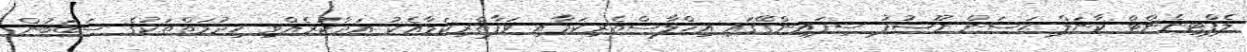
ލެފްޓިނެންޓް ކާނަލް ޙަސަން ޔޫސުފުު ސިފައިންގޭގައި އިޚްލާސްތެރިކަމާއި ވަފާތެރިކަމާއެކު އަދާކުރެއްވި ޚިދުމަތްތަކުގެ ސަބަބުން